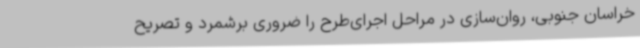
خراسان جنوبی، روان‌سازی در مراحل اجرای‌طرح را ضروری برشمرد و تصریح